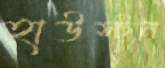
হাউস্টন